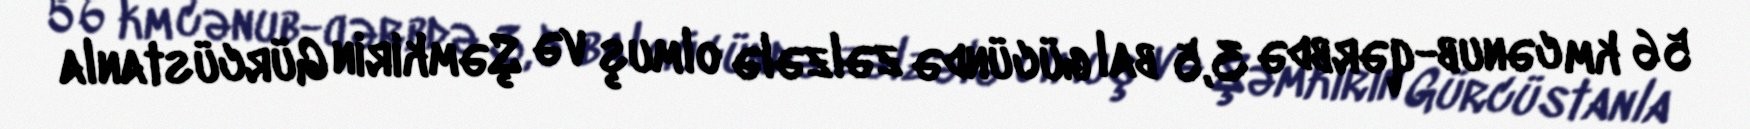
56 km cənub-qərbdə 3,5 bal gücündə zəlzələ olmuş və Şəmkirin Gürcüstanla